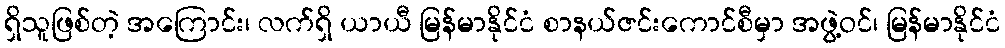
ရှိသူဖြစ်တဲ့ အကြောင်း၊ လက်ရှိ ယာယီ မြန်မာနိုင်ငံ စာနယ်ဇင်းကောင်စီမှာ အဖွဲ့ဝင်၊ မြန်မာနိုင်ငံ